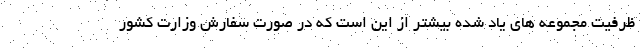
ظرفیت مجموعه های یاد شده بیشتر از این است که در صورت سفارش وزارت کشور